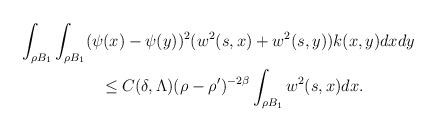
LaTeX: \begin{align*}& \int_{\rho B_{1}}\int_{\rho B_{1}}(\psi(x)-\psi(y))^{2}(w^{2}(s,x) + w^{2}(s,y))k(x,y)dxdy \\& \quad\quad\quad\quad\quad\leq C(\delta,\Lambda)(\rho-\rho')^{-2\beta}\int_{\rho B_{1}}w^{2}(s,x)dx.\end{align*}